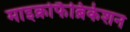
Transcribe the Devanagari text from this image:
माइक्रोफैब्रिकेशन